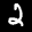
Label: 2